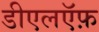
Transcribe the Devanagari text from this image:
डीएलऍफ़